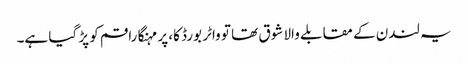
یہ لندن کے مقابلے والا شوق تھا تو واٹر بورڈ کا، پر مہنگا راقم کو پڑ گیا ہے۔